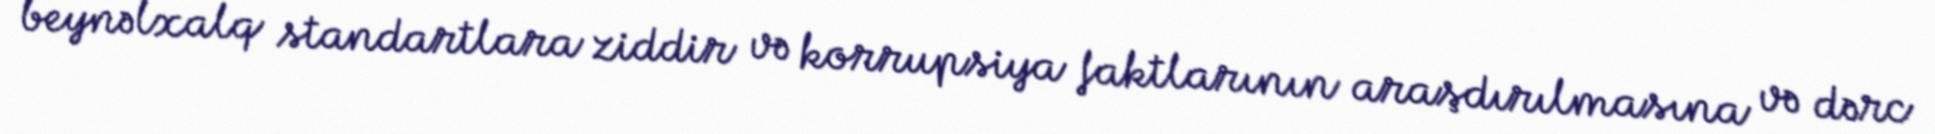
beynəlxalq standartlara ziddir və korrupsiya faktlarının araşdırılmasına və dərc